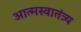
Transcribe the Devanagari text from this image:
आत्मस्वातंत्र्य